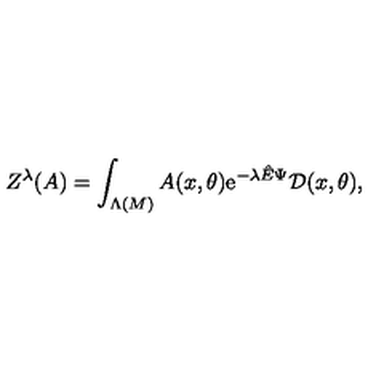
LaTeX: Z ^ { \lambda } ( A ) = \int _ { \Lambda ( M ) } A ( x , \theta ) \mathrm { e } ^ { - \lambda { \hat { E } } \Psi } { \cal D } ( x , \theta ) ,